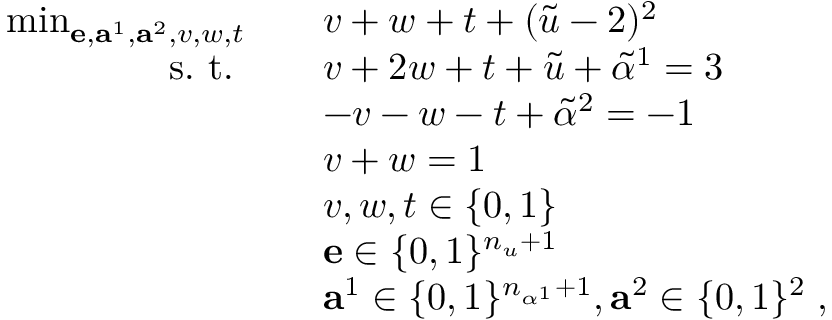
\begin{array} { r l } { \operatorname* { m i n } _ { \mathbf { e } , \mathbf { a } ^ { 1 } , \mathbf { a } ^ { 2 } , v , w , t } \quad } & { v + w + t + ( \widetilde { u } - 2 ) ^ { 2 } } \\ { \mathrm { s . ~ t . ~ } \quad } & { v + 2 w + t + \widetilde { u } + \widetilde { \alpha } ^ { 1 } = 3 } \\ { \quad } & { - v - w - t + \widetilde { \alpha } ^ { 2 } = - 1 } \\ { \quad } & { v + w = 1 } \\ { \quad } & { v , w , t \in \{ 0 , 1 \} } \\ { \quad } & { \mathbf { e } \in \{ 0 , 1 \} ^ { n _ { u } + 1 } } \\ { \quad } & { \mathbf { a } ^ { 1 } \in \{ 0 , 1 \} ^ { n _ { \alpha ^ { 1 } } + 1 } , \mathbf { a } ^ { 2 } \in \{ 0 , 1 \} ^ { 2 } \; , } \end{array}